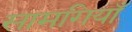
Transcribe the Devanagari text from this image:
सामगियाँ